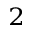
^ 2